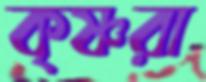
কৃষ্ণরা